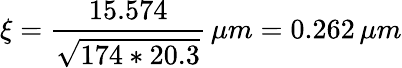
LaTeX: \xi={\frac{15.574}{\sqrt{174*20.3}}}\, \mu m=0.262\, \mu m